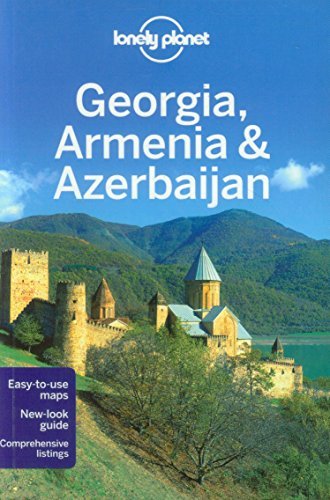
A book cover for By Lonely Planet Lonely Planet Georgia, Armenia & Azerbaijan (Travel Guide) (4th Edition); Travel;